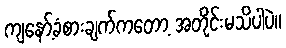
ကျနော့်ခံစားချက်ကတော့ အတိုင်းမသိပါပဲ။